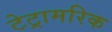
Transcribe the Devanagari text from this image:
टेट्रामरिक